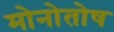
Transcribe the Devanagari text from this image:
मोनोतोष